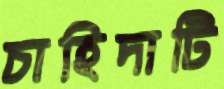
চাহিদাটি